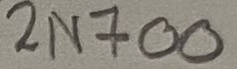
Text: 2N700